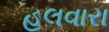
હલવારા